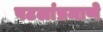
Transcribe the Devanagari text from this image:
पटलांप्रमाणे